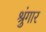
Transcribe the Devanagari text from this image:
श्रुंगार